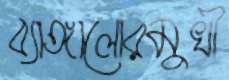
ব্যাঙ্গালোরমুখী